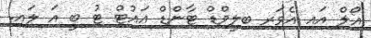
އޯލް އައި އެވަރ ބިލީވްޑް ޓާންޑް އައުޓް ޓު ބީ އަ ލައި.